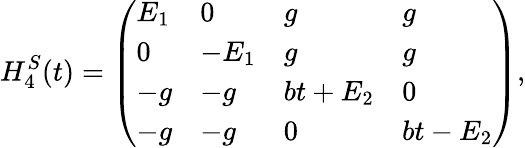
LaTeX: H_{4}^{S}(t)=\left(\begin{array}{llll}{E_{1}}&{0}&{g}&{g}\\ {0}&{-E_{1}}&{g}&{g}\\ {-g}&{-g}&{bt+E_{2}}&{0}\\ {-g}&{-g}&{0}&{bt-E_{2}}\end{array}\right),